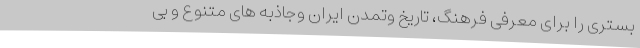
بستری را برای معرفی فرهنگ، تاریخ وتمدن ایران وجاذبه های متنوع و بی